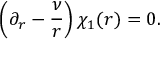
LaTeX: \left( \partial _ { r } - \frac { \nu } { r } \right) \chi _ { 1 } ( r ) = 0 .